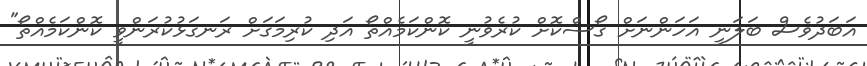
އަބަދުވެސް ބަލަނީ އަހަންނަށް ގޯސްކޮށް ކުރެވުނީ ކޮންކަމެއްތޯ އަދި ކުރިމަގަށް ރަނގަޅުކުރަންވީ ކޮންކަމެއްތޯ"